Lunatic asylums Bombay report 1891-1903 - 1891-1903
Year: 1891
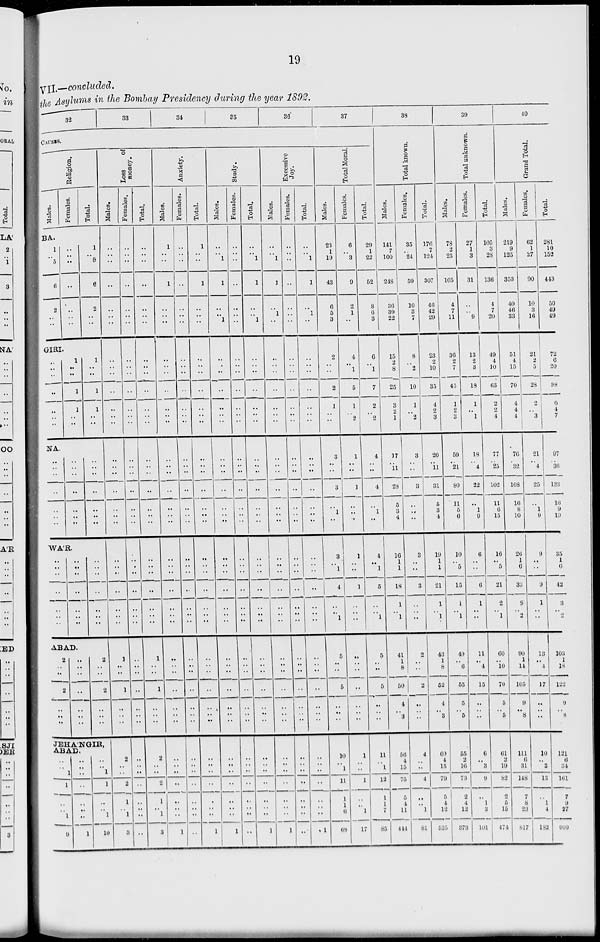
19
VII.—concluded.
the Asylums in the Bombay Presidency during the year 1892.
32
33
34
35
36
37
CAUSES.
Religion.
Males.
Females.
Total.
BA.
1
..
5
6
2
..
..
..
..
..
..
..
..
..
1
.. 6
6
2
..
..
GIRI.
..
..
..
..
..
..
..
1
..
..
1
1
..
..
1
..
..
1
1
..
..
NA.
..
..
..
..
..
..
..
..
..
..
..
..
..
..
..
..
..
..
..
..
..
WA'R.
..
..
..
..
..
..
..
..
..
..
..
..
..
..
..
.. .
..
..
..
..
..
ABAD.
2
..
..
2
..
.. ..
..
..
..
..
..
..
..
2
..
..
2
..
..
..
JEHA'NGIR,
ABAD.
..
..
1
1
..
..
1
9
..
..
..
..
..
..
..
1
..
..
1
1
..
..
1
10
Loss
of
money.
Males.
..
..
..
..
..
..
..
..
..
..
..
..
..
..
..
..
..
..
..
..
..
..
..
..
..
..
..
..
1
..
..
1
..
.. ..
2
..
..
2
1
..
1
3
Females.
..
..
..
..
..
..
..
..
..
..
..
..
..
..
..
..
..
..
..
..
..
..
..
.. ..
..
..
..
..
..
..
..
..
.. ..
..
..
..
..
..
..
..
..
Total.
..
..
..
..
..
..
..
..
..
..
..
..
..
..
..
..
..
..
..
..
..
..
..
..
..
..
..
..
1
..
..
1
..
.. ..
2
..
..
2
1
..
1
3
Anxiety.
Males.
1
..
..
1
..
..
..
..
..
..
..
..
..
..
..
..
..
..
..
..
..
..
..
..
..
..
..
..
..
..
..
..
..
..
..
..
..
..
..
..
..
..
1
Females.
..
..
..
..
..
..
..
..
..
..
..
..
..
..
..
..
..
..
..
..
..
..
..
..
..
..
..
..
..
..
..
..
..
..
..
..
..
..
..
..
..
..
..
Total.
1
..
..
1
..
..
..
..
..
..
..
..
..
..
..
..
..
..
..
..
..
..
..
..
..
..
..
..
..
..
..
..
..
..
..
..
..
..
..
..
..
..
1
Study.
Males.
..
.. 1
1
..
..
1
..
..
..
..
..
..
..
..
..
..
..
..
..
..
..
..
..
..
..
..
..
..
..
..
..
..
..
..
..
..
..
..
..
..
..
1
Females.
..
..
..
..
..
..
..
..
..
..
..
..
..
..
..
..
..
..
..
..
..
..
..
..
..
..
..
..
..
..
..
..
..
..
..
..
..
..
..
..
..
..
..
Total.
..
.. 1
1
..
..
1
..
..
..
..
..
..
..
..
..
..
..
..
..
..
..
..
..
..
..
..
..
..
.. ..
..
..
..
..
..
..
..
..
..
..
..
1
Excessive
Joy.
Males.
..
..
1
1
..
1
..
..
..
..
..
..
..
..
..
..
..
..
..
..
..
..
..
..
..
..
..
..
..
..
..
..
..
..
..
..
..
..
..
..
..
1
Females.
..
..
..
..
..
..
..
..
..
..
..
..
..
..
..
..
..
..
..
..
..
..
..
..
..
..
..
..
..
..
..
..
..
..
..
..
..
..
..
..
..
..
..
Total.
..
..
1
1
..
1
..
..
..
..
..
..
..
..
..
..
..
..
..
..
..
..
..
..
..
..
..
..
..
..
..
..
..
..
..
..
..
..
..
..
..
..
1
Total Moral.
Males.
23
1
19
43
6
5
3
2
..
..
2
1
..
..
3
..
..
3
..
1
..
3
..
1
4
..
..
1
5
..
..
5
..
..
..
10
..
1
11
1
1
6
68
Females.
6
..
3
9
2
1
..
4
..
1
5
1
..
2
1
..
..
1
..
..
..
1
..
..
1
..
..
..
..
..
..
..
..
..
..
1
..
..
1
..
..
1
17
Total.
29
1
22
52
8
6
3
6
..
1
7
2
..
2
4
..
..
4
..
1
..
4
..
1
5
..
..
1
5
..
..
5
..
..
..
11
..
1
12
1
1
1
7
85
38
Total known.
Males.
141
7
100
218
36
39
22
15
2
8
25
3
2
1
17
..
11
28
5
3
4
16
1
1
18
1
..
1
41
1
8
50
4
.. 3
56
4
15
75
5
4
11
444
Females.
35
..
24
50
10
3
7
8
..
2
10
1
..
2
3
..
..
3
..
..
..
3
..
..
3
..
..
..
2
..
..
2
..
..
..
4
..
..
4
..
..
1
81
Total.
176
7
121
307
46
42
29
23
2
10
35
4
2
3
20
..
11
31
5
3
4
19
1
..
21
1
..
1
43
1
8
52
4
.. 3
60
4
15
79
5
4
12
525
39
Total unknown.
Males.
78
2
25
105
4
7
11
36
2
7
45
1
2
3
59
..
21
80
11
5
6
10
5
..
15
1
..
1
49
..
6
55
5
.. 5
55
2
16
73
2
4
12
373
Females.
27
1
3
31
..
..
9
13
2
3
18
1
..
1
18
..
4
22
..
1
9
6
..
..
6
1
..
..
11
..
4
15
..
..
..
6
..
3
9
..
1
3
101
Total.
105
3
28
136
4
7
20
49
4
10
63
2
2
4
77
..
25
102
11
6
15
16
5
..
21
2
..
1
60
..
10
70
5
.. 5
61
2
19
82
2
5
15
474
40
Grand Total.
Males.
219
9
125
353
40
46
33
51
4
15
70
4
4
4
76
..
32
108
16
8
10
26
1
6
33
2
..
2
90
1
14
105
9
.. 8
111
6
31
148
7
8
23
817
Females.
62
1
27
90
10
3
16
21
2
5
28
2
..
3
21
..
4
25
..
1
9
9
..
..
9
1
..
..
13
..
4
17
..
..
..
10
..
3
13
..
1
4
182
Total.
281
10
152
443
50
49
49
72
6
20
98
6
4
7
97
..
36
133
16
9
19
35
1
6
42
3
..
2
103
1
18
122
9
.. 8
121
6
34
161
7
9
27
999